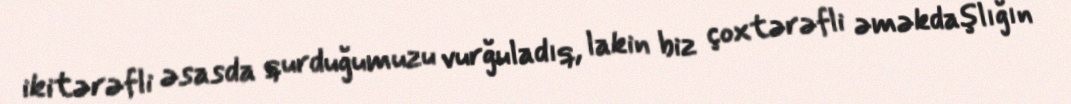
ikitərəfli əsasda qurduğumuzu vurğuladıq, lakin biz çoxtərəfli əməkdaşlığın